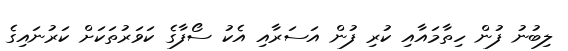
ލިބުނު ފުން ހިތާމައާއި ކުރި ފުން އަސަރާއި އެކު ސޯފާގެ ކަވަރުތަކަށް ކަރުނައިގެ